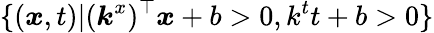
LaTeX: \{ (\boldsymbol{x},t)|(\boldsymbol{k}^{x})^{\top}\boldsymbol{x}+b>0,k^{t}t+b>0\}